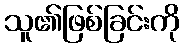
သူ၏ဖြစ်ခြင်းကို